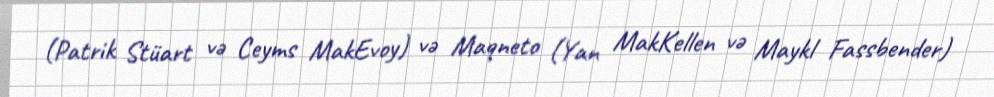
(Patrik Stüart və Ceyms MakEvoy) və Maqneto (Yan MakKellen və Maykl Fassbender)